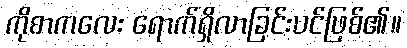
ကိုစာကလေး ရောက်ရှိလာခြင်းပင်ဖြစ်၏။